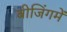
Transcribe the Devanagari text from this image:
बीजिंगमें